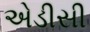
એડીસી